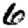
Digit: 6